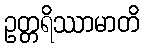
ဥတ္တရိဿာမာတိ